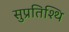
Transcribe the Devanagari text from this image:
सुप्रतिश्थि